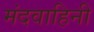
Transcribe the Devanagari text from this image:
मंदवाहिनी